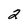
Character: 2